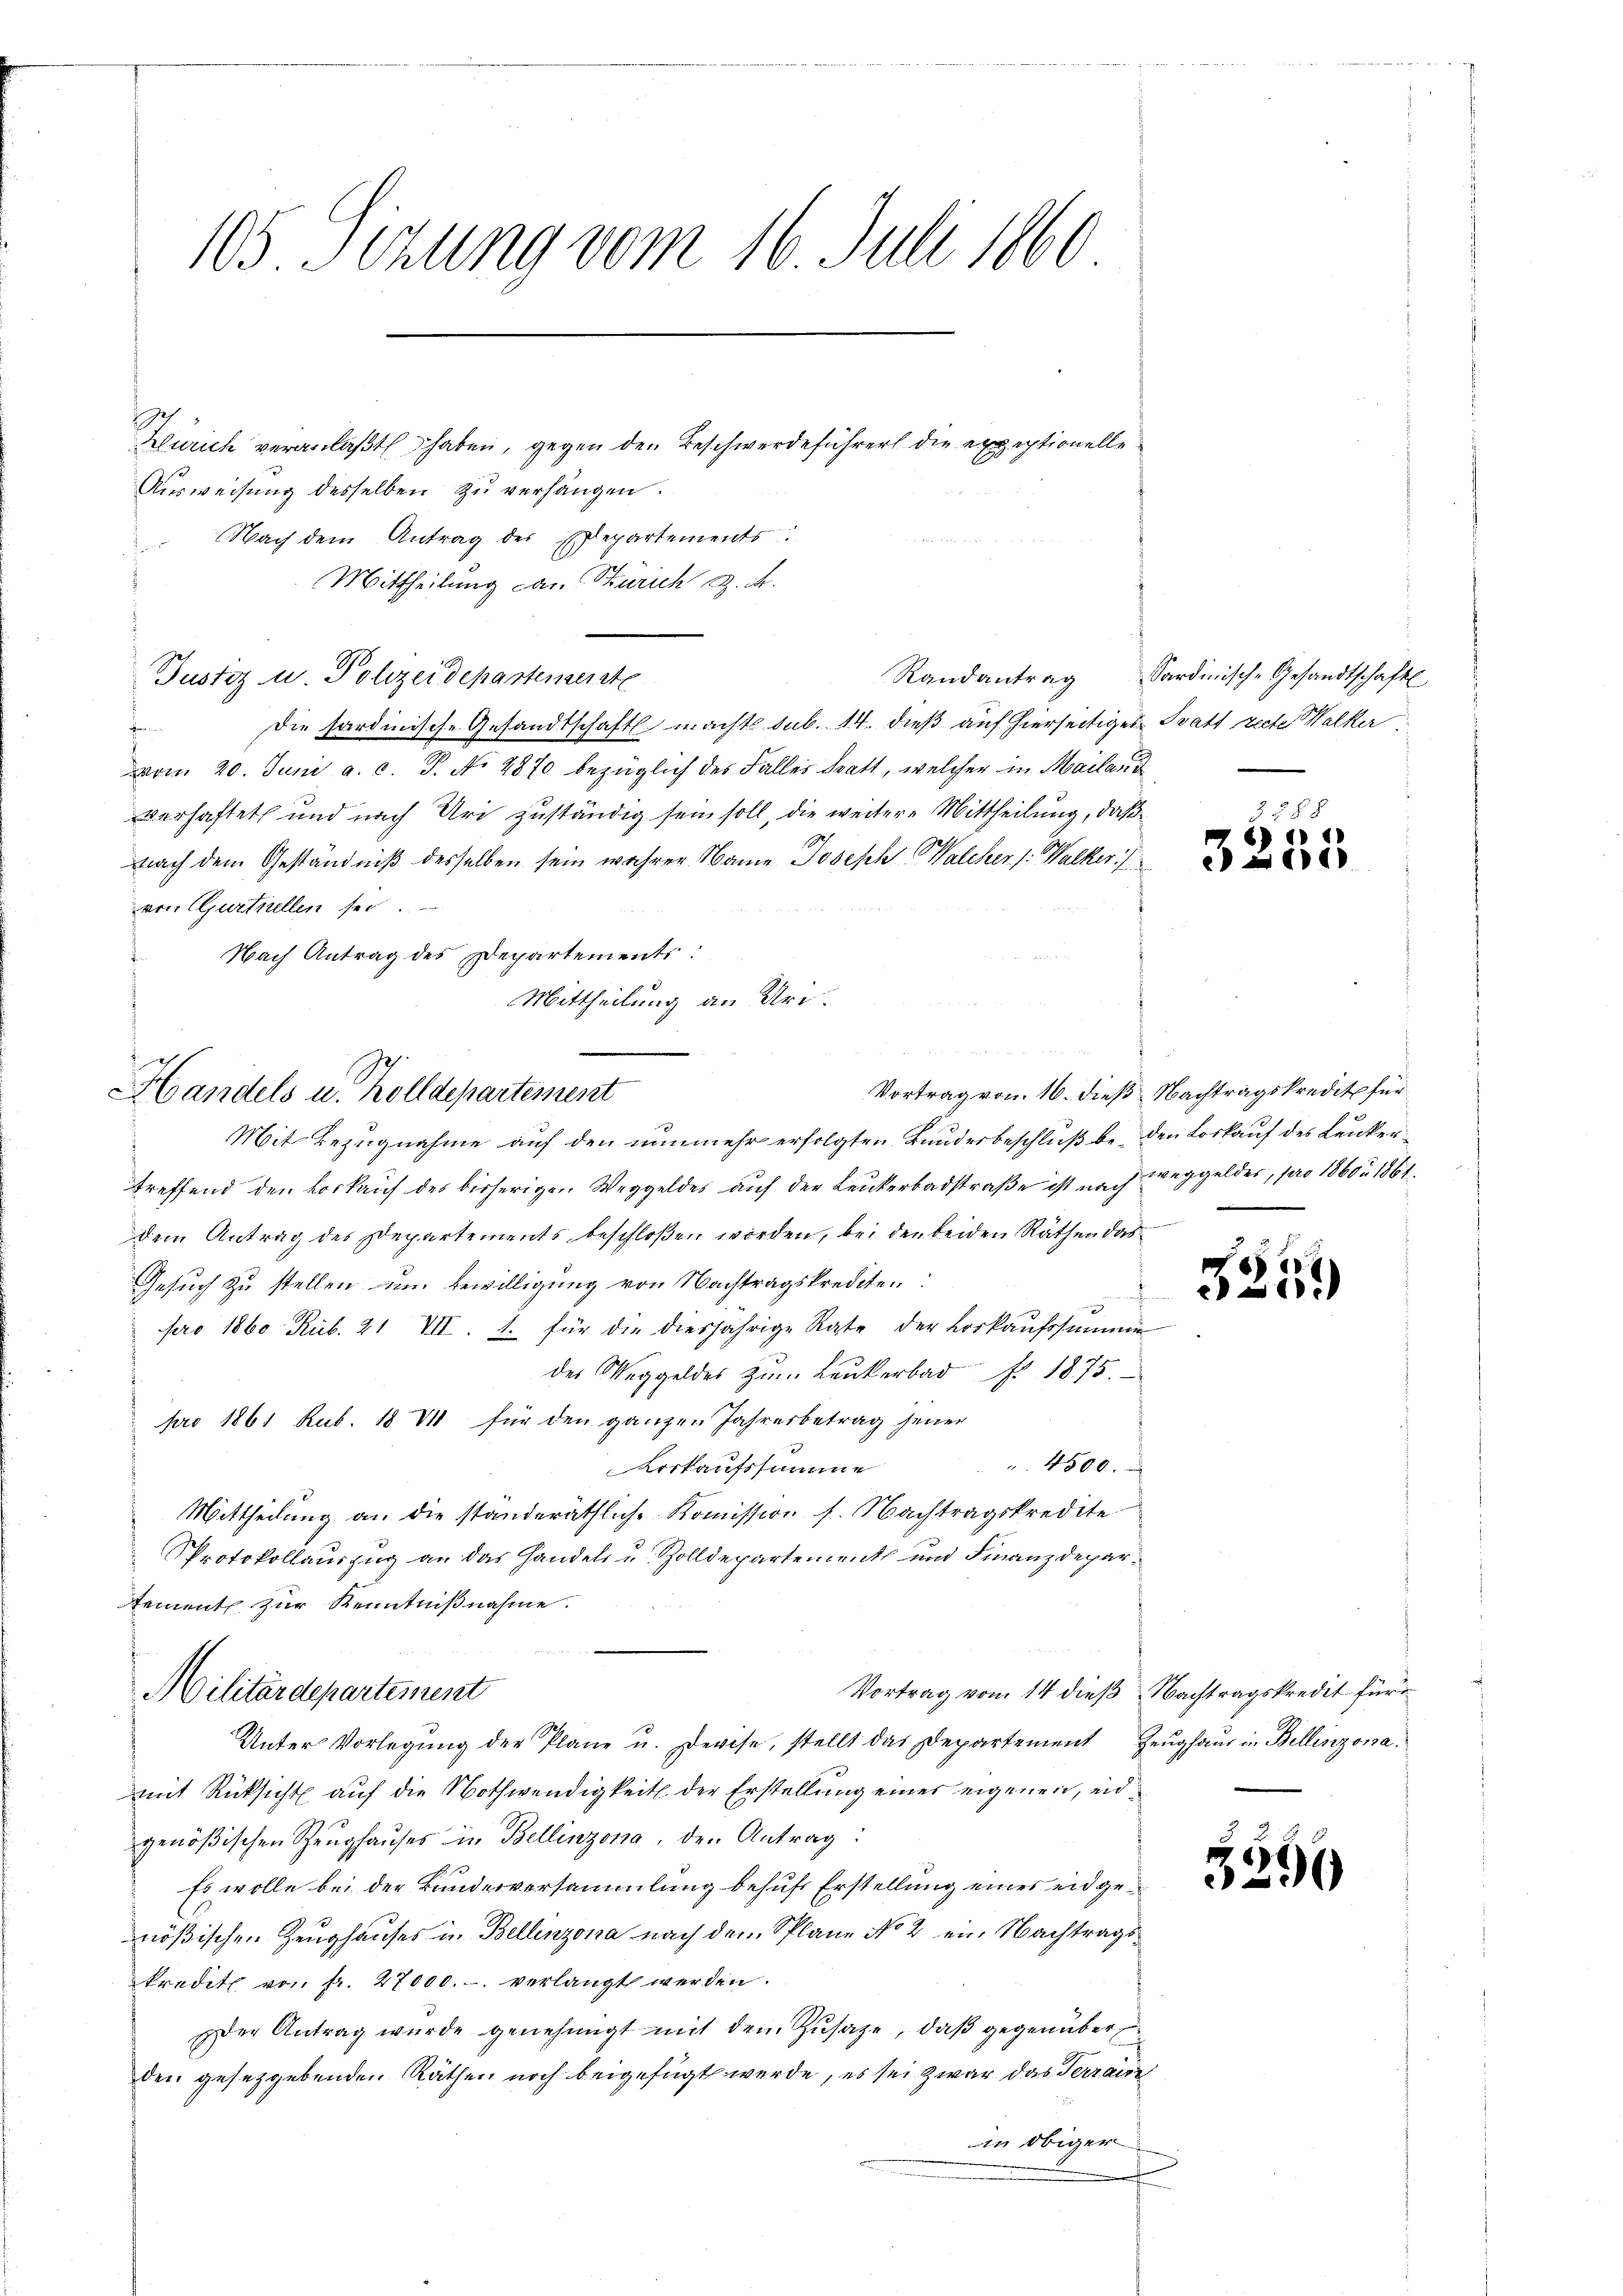
105. Sizung vom 16. Juli 1860

Zürich veranlaßt haben, gegen den Beschwerdeführer die expeptionelle
Ausweisung desselben zu verhängen.
 Nach dem Antrag des Exepartements
Mittheilung von Stürich G. K.
Justiz u. Polizeidepartemente
Die sardinische Gesandtschaft macht sub. 14. dieß auf hierseitiges Tratt recte alker
n
vom 20. Juni a. c. J. No 2870 bezüglich des Falles Statt, welcher in Mailand
verhaftet und nach Uri zuständig sein soll, die weitere Mittheilung, daß
nach dem Geständniß desselben sein wahrer Name Joseph Walcher /: Walker /
von Curtiellen sei.
Nach Antrag des Departements:
Mittheilung an Uri.
Mit Bezugnahme auf den nunmehr erfolgten Bundesbeschluß bei den Loskauf des Kunkertreffend den Vorkauf des bisherigen Weggeldes auf der Leukerbadstraße ist und weggeldes, pro 1860/ 1861
dem Antrag des Departements beschloßen worden, bei den beiden Räthen das
Gesuch zu stellen um Bewilligung von Nachtragskrediten.
n
x
pro 1860 Rub. 21 VII. 1. für die diesjährige Rate der Vorkaŭfssumme
des Maggeldes zum Leukerbad No. 1875.
pro 1861 Rub. 18 VI für den ganzen Jahresbetrag jener
 4500.
Vorkaufssumme
Mittheilung an die standeräthliche Kommission s. Nachtragskredite
Protokollauszug an das Handels u. Zolldepartement und Finanzdepartement zur Kenntnißnahme.
Vortrag vom 14 dieß Nachtragskredit für
Militärdepartement
Unter Vorlegŭng der Plane u. Devise, stellt das Departement Zeŭghaŭs in Bellinzona.
mit Rücksicht auf die Nothwendigkeit der Erstellung einer eigenen, eidgenößischen Zeughauses in Bellinzona, den Antrag:
Es wolle bei der Bundesversammlung behufs Erstellung eines eidgenößischen Zeughauses in Bellinzona nach dem Plane No 2 ein Nachtragskredit von fr. 27000.-. verlangt werden.
der Antrag wurde genehmigt mit den Zusage, daß gegenüber
den gesetzgebenden Räthen noch beigefügt werde, es sei zwar das Terrain
in obiger

Handels u. Zolldepartement

Randantrag Sardinische Gesandtschaft

67

Vortrag von 16. dieß Nachtragskredit für

3

6

6
2

35

i